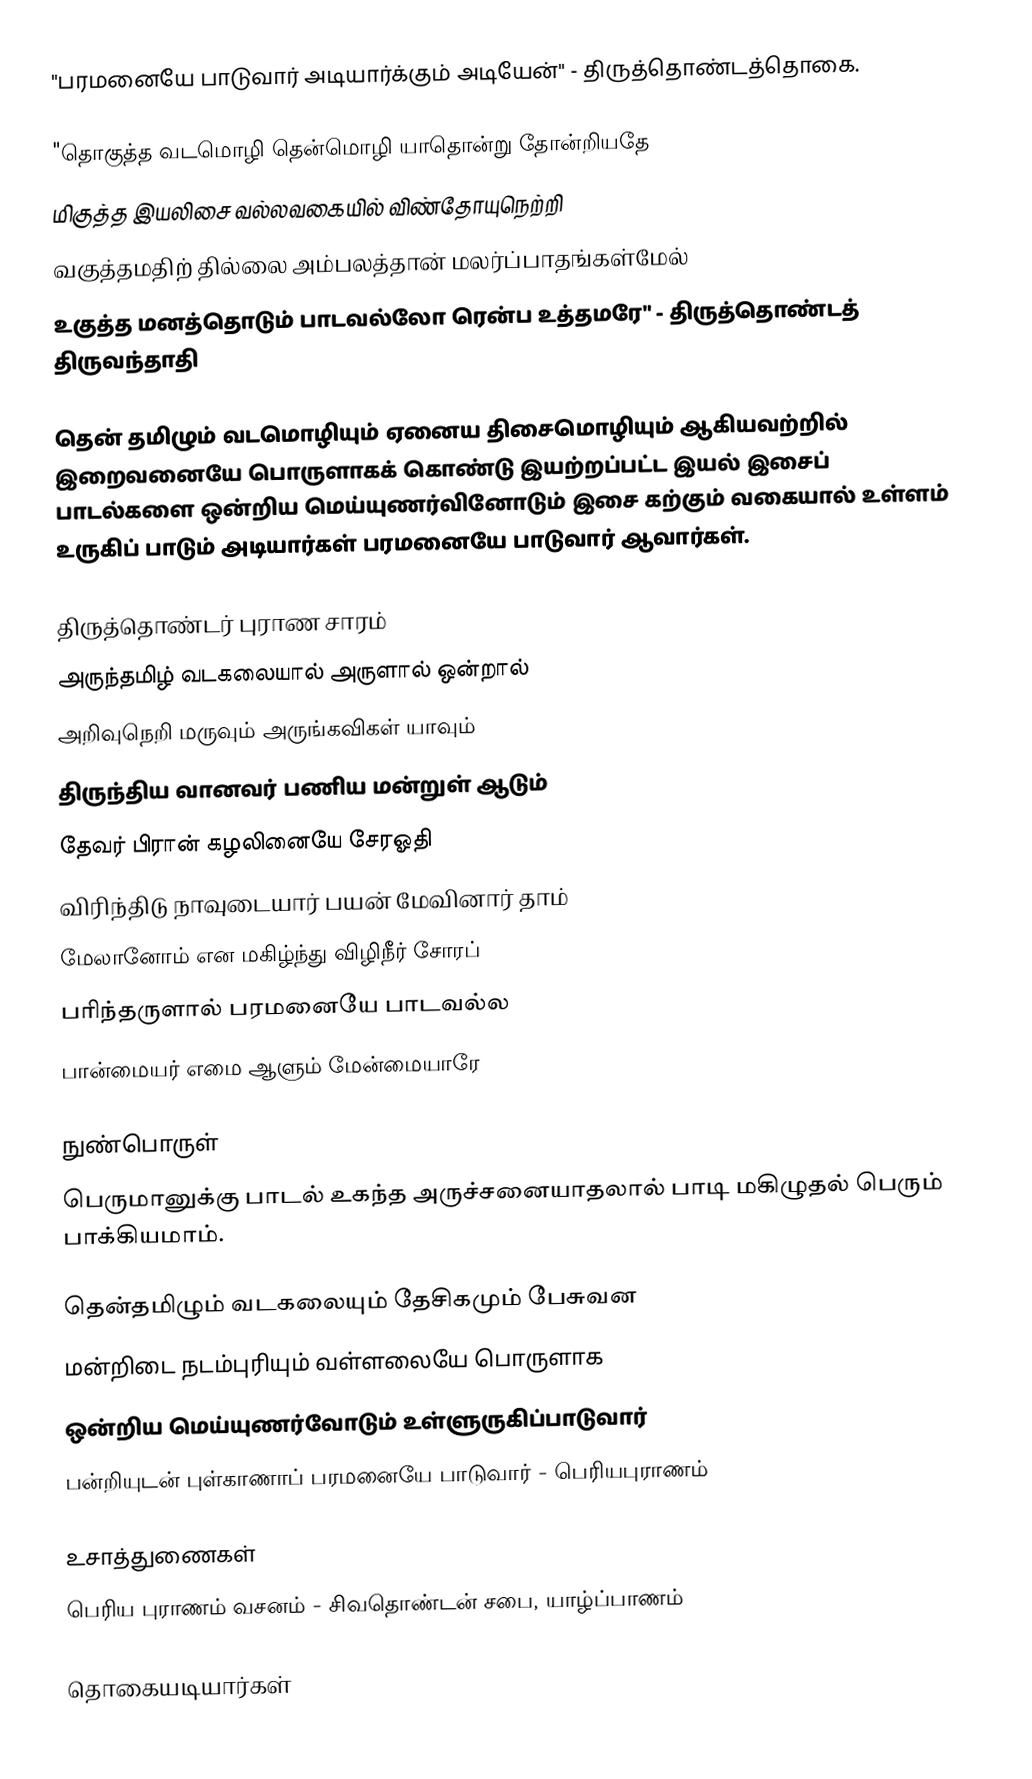
"பரமனையே பாடுவார் அடியார்க்கும் அடியேன்" - திருத்தொண்டத்தொகை.

"தொகுத்த வடமொழி தென்மொழி யாதொன்று தோன்றியதே
மிகுத்த இயலிசை வல்லவகையில் விண்தோயுநெற்றி
வகுத்தமதிற் தில்லை அம்பலத்தான் மலர்ப்பாதங்கள்மேல்
உகுத்த மனத்தொடும் பாடவல்லோ ரென்ப உத்தமரே" - திருத்தொண்டத் திருவந்தாதி

தென் தமிழும் வடமொழியும் ஏனைய திசைமொழியும் ஆகியவற்றில் இறைவனையே பொருளாகக் கொண்டு இயற்றப்பட்ட இயல் இசைப் பாடல்களை ஒன்றிய மெய்யுணர்வினோடும் இசை கற்கும் வகையால் உள்ளம் உருகிப் பாடும் அடியார்கள் பரமனையே பாடுவார் ஆவார்கள்.

திருத்தொண்டர் புராண சாரம்
அருந்தமிழ் வடகலையால் அருளால் ஒன்றால்
அறிவுநெறி மருவும் அருங்கவிகள் யாவும்
திருந்திய வானவர் பணிய மன்றுள் ஆடும்
தேவர் பிரான் கழலினையே சேரஓதி
விரிந்திடு நாவுடையார் பயன் மேவினார் தாம்
மேலானோம் என மகிழ்ந்து விழிநீர் சோரப்
பரிந்தருளால் பரமனையே பாடவல்ல
பான்மையர் எமை ஆளும் மேன்மையாரே

நுண்பொருள்
பெருமானுக்கு பாடல் உகந்த அருச்சனையாதலால் பாடி மகிழுதல் பெரும் பாக்கியமாம்.

தென்தமிழும் வடகலையும் தேசிகமும் பேசுவன
மன்றிடை நடம்புரியும் வள்ளலையே பொருளாக
ஒன்றிய மெய்யுணர்வோடும் உள்ளுருகிப்பாடுவார்
பன்றியுடன் புள்காணாப் பரமனையே பாடுவார் - பெரியபுராணம்

உசாத்துணைகள்
பெரிய புராணம் வசனம் - சிவதொண்டன் சபை, யாழ்ப்பாணம்

தொகையடியார்கள்